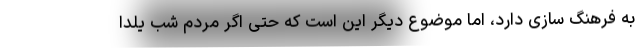
به فرهنگ سازی دارد، اما موضوع دیگر این است که حتی اگر مردم شب یلدا